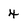
Character: 4